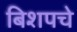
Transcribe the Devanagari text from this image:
बिशपचे